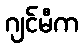
ဂျင်မီက